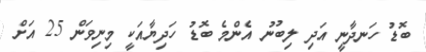
ބޮޑު ހަނދާނީ އަދި ލިބުނު އެންމެ ބޮޑު ހަދިޔާއަކީ މިނިވަން 25 އަށް